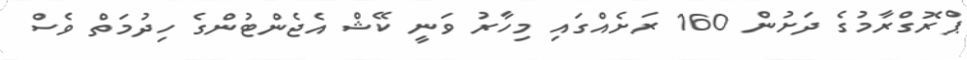
ޕްރޮގްރާމުގެ ދަށުން 160 ރަށެއްގައި މިހާރު ވަނީ ކޭޝް އެޖެންޓުންގެ ހިދުމަތް ވެސް